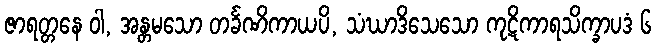
ဇာရတ္တနေ ဝါ, အန္တမသော တင်္ခဏိကာယပိ, သံဃာဒိသေသော ကုဋိကာရသိက္ခာပဒံ ၆